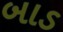
બાડ